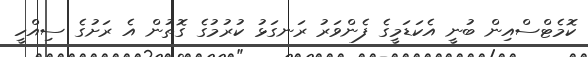
ކޮމެޓްސްއިން ބުނީ އެކަޑަމީގެ ފެންވަރު ރަނގަޅު ކުރުމުގެ ގޮތުން އެ ރަށުގެ ސިއްހީ